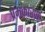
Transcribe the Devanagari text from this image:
प्रेमकारण